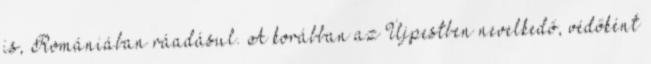
is, Romániában ráadásul. A korábban az Újpestben nevelkedő, védőként